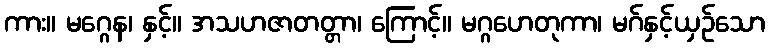
ကား။ မဂ္ဂေန၊ နှင့်။ အသဟဇာတတ္တာ၊ ကြောင့်။ မဂ္ဂဟေတုကာ၊ မဂ်နှင့်ယှဉ်သော